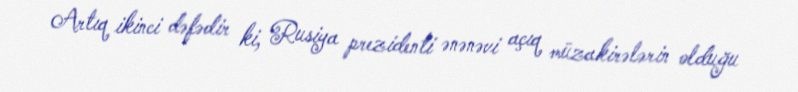
Artıq ikinci dəfədir ki, Rusiya prezidenti ənənəvi açıq müzakirələrin olduğu